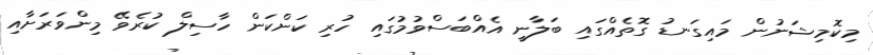
މިކޮމިޝަނުން މައިގަނޑު ގޮތެއްގައި ބަލާނީ އެއްބަސްވުމުގައި ހުރި ކަންކަން ހާސިލް ކުރެވޭ މިންވަރަށާއި